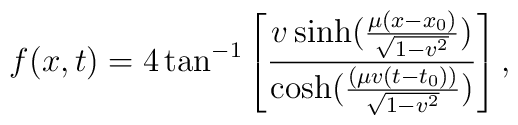
f(x,t) = 4\tan^{-1}\left[\frac{v\sinh(\frac{\mu (x-x_0)}{\sqrt{1-v^2}})}{\cosh(\frac{(\mu v(t-t_0))}{\sqrt{1-v^2}})}\right],